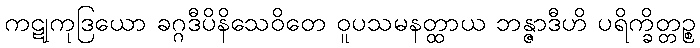
ကဋုကုဒြယော ခဂ္ဂဒီပိနိသေဝိတေ ဝူပသမနတ္ထာယ ဘန္ဇာဒီဟိ ပရိက္ခိတ္တဉ္စ